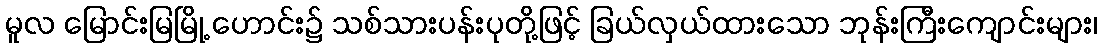
မူလ မြောင်းမြမြို့ ဟောင်း၌ သစ်သားပန်းပုတို့ဖြင့် ခြယ်လှယ်ထားသော ဘုန်းကြီးကျောင်းများ၊